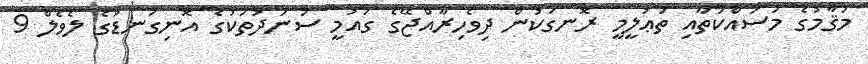
މަޤާމުގެ މަސައްކަތާއި ތަޢުލީމީ ރޮނގަކުން ދިވެހިރާއްޖޭގެ ގައުމީ ސަނަދުތަކުގެ އޮނިގަނޑުގެ ލެވެލް 9